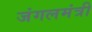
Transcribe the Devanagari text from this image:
जंगलमंत्री